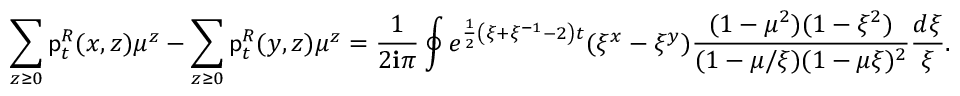
\sum _ { z \ge 0 } \mathsf { p } _ { t } ^ { R } ( x , z ) \mu ^ { z } - \sum _ { z \ge 0 } \mathsf { p } _ { t } ^ { R } ( y , z ) \mu ^ { z } = \frac { 1 } { 2 \ensuremath { \mathbf { i } } \pi } \oint e ^ { \frac { 1 } { 2 } \left( \xi + \xi ^ { - 1 } - 2 \right) t } ( \xi ^ { x } - \xi ^ { y } ) \frac { ( 1 - \mu ^ { 2 } ) ( 1 - \xi ^ { 2 } ) } { ( 1 - \mu / \xi ) ( 1 - \mu \xi ) ^ { 2 } } \frac { d \xi } { \xi } .